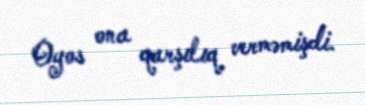
Oyos ona qarşılıq verməmişdi.